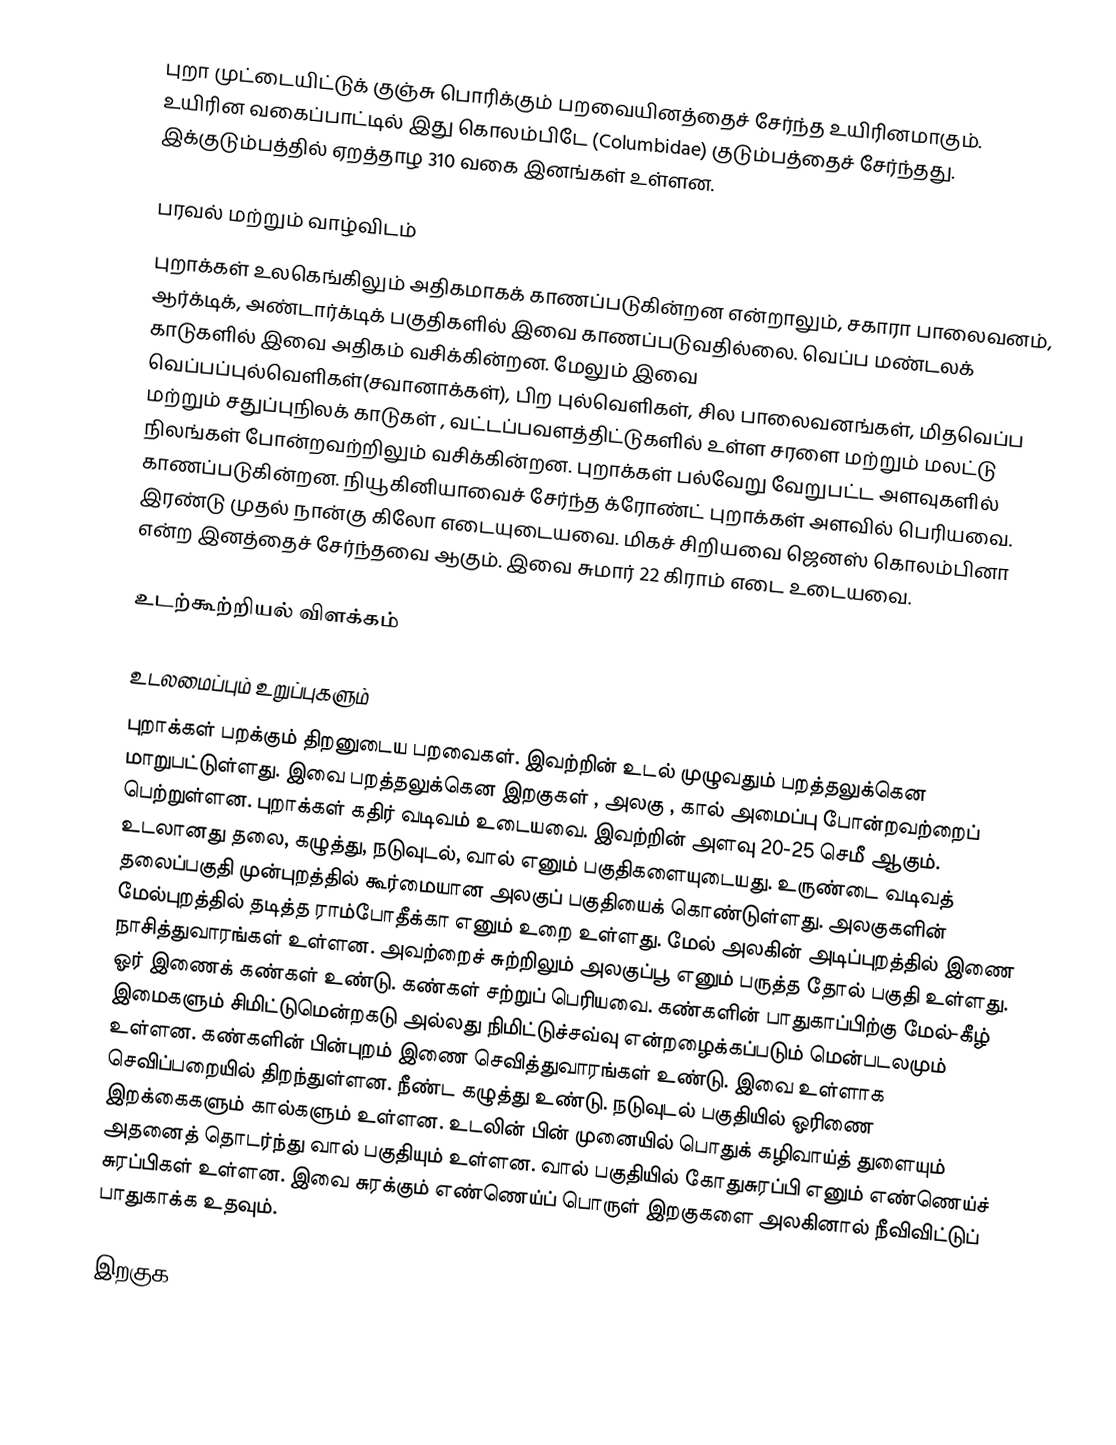
புறா முட்டையிட்டுக் குஞ்சு பொரிக்கும் பறவையினத்தைச் சேர்ந்த உயிரினமாகும். உயிரின வகைப்பாட்டில் இது கொலம்பிடே (Columbidae) குடும்பத்தைச் சேர்ந்தது. இக்குடும்பத்தில் ஏறத்தாழ 310 வகை இனங்கள் உள்ளன.

பரவல் மற்றும் வாழ்விடம்
புறாக்கள் உலகெங்கிலும் அதிகமாகக் காணப்படுகின்றன என்றாலும், சகாரா பாலைவனம், ஆர்க்டிக், அண்டார்க்டிக் பகுதிகளில் இவை காணப்படுவதில்லை. வெப்ப மண்டலக் காடுகளில் இவை அதிகம் வசிக்கின்றன. மேலும் இவை வெப்பப்புல்வெளிகள்(சவானாக்கள்), பிற புல்வெளிகள், சில பாலைவனங்கள், மிதவெப்ப மற்றும் சதுப்புநிலக் காடுகள் , வட்டப்பவளத்திட்டுகளில் உள்ள சரளை மற்றும் மலட்டு நிலங்கள் போன்றவற்றிலும் வசிக்கின்றன. புறாக்கள் பல்வேறு வேறுபட்ட அளவுகளில் காணப்படுகின்றன. நியூகினியாவைச் சேர்ந்த க்ரோண்ட் புறாக்கள் அளவில் பெரியவை. இரண்டு முதல் நான்கு கிலோ எடையுடையவை. மிகச் சிறியவை ஜெனஸ் கொலம்பினா என்ற இனத்தைச் சேர்ந்தவை ஆகும்.  இவை சுமார் 22 கிராம் எடை உடையவை.

உடற்கூற்றியல் விளக்கம்

உடலமைப்பும் உறுப்புகளும்
புறாக்கள் பறக்கும் திறனுடைய பறவைகள். இவற்றின் உடல் முழுவதும் பறத்தலுக்கென மாறுபட்டுள்ளது. இவை பறத்தலுக்கென இறகுகள் , அலகு , கால் அமைப்பு போன்றவற்றைப் பெற்றுள்ளன. புறாக்கள் கதிர் வடிவம் உடையவை. இவற்றின் அளவு 20-25 செமீ ஆகும். உடலானது தலை, கழுத்து, நடுவுடல், வால் எனும் பகுதிகளையுடையது. உருண்டை வடிவத் தலைப்பகுதி முன்புறத்தில் கூர்மையான அலகுப் பகுதியைக் கொண்டுள்ளது. அலகுகளின் மேல்புறத்தில் தடித்த ராம்போதீக்கா எனும் உறை உள்ளது. மேல் அலகின் அடிப்புறத்தில் இணை நாசித்துவாரங்கள் உள்ளன. அவற்றைச் சுற்றிலும் அலகுப்பூ எனும் பருத்த தோல் பகுதி உள்ளது. ஓர் இணைக் கண்கள் உண்டு. கண்கள் சற்றுப் பெரியவை. கண்களின் பாதுகாப்பிற்கு மேல்-கீழ் இமைகளும் சிமிட்டுமென்றகடு அல்லது நிமிட்டுச்சவ்வு என்றழைக்கப்படும் மென்படலமும் உள்ளன. கண்களின் பின்புறம் இணை செவித்துவாரங்கள் உண்டு. இவை உள்ளாக செவிப்பறையில் திறந்துள்ளன. நீண்ட கழுத்து உண்டு. நடுவுடல் பகுதியில் ஓரிணை  இறக்கைகளும் கால்களும் உள்ளன. உடலின் பின் முனையில் பொதுக் கழிவாய்த் துளையும் அதனைத் தொடர்ந்து வால் பகுதியும் உள்ளன. வால் பகுதியில் கோதுசுரப்பி எனும் எண்ணெய்ச் சுரப்பிகள் உள்ளன. இவை சுரக்கும் எண்ணெய்ப் பொருள் இறகுகளை அலகினால் நீவிவிட்டுப் பாதுகாக்க உதவும்.

இறகுக